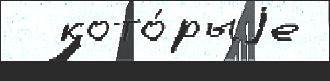
  кото́рыjе